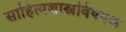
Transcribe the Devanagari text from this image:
साहित्यशास्त्रविषयक